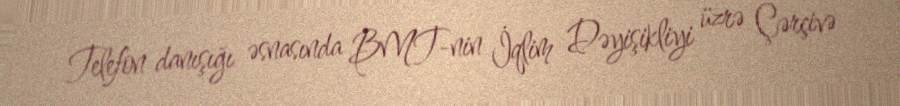
Telefon danışığı əsnasında BMT-nin İqlim Dəyişikliyi üzrə Çərçivə